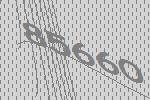
85660